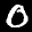
Label: 0